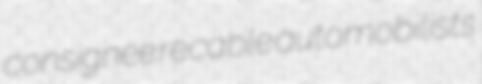
consignee recable automobilists